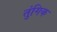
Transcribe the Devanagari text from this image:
तुंगिक